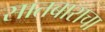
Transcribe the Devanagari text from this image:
सातबाराचा